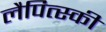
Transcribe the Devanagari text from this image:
लैपित्स्की